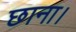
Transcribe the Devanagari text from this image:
छाना।